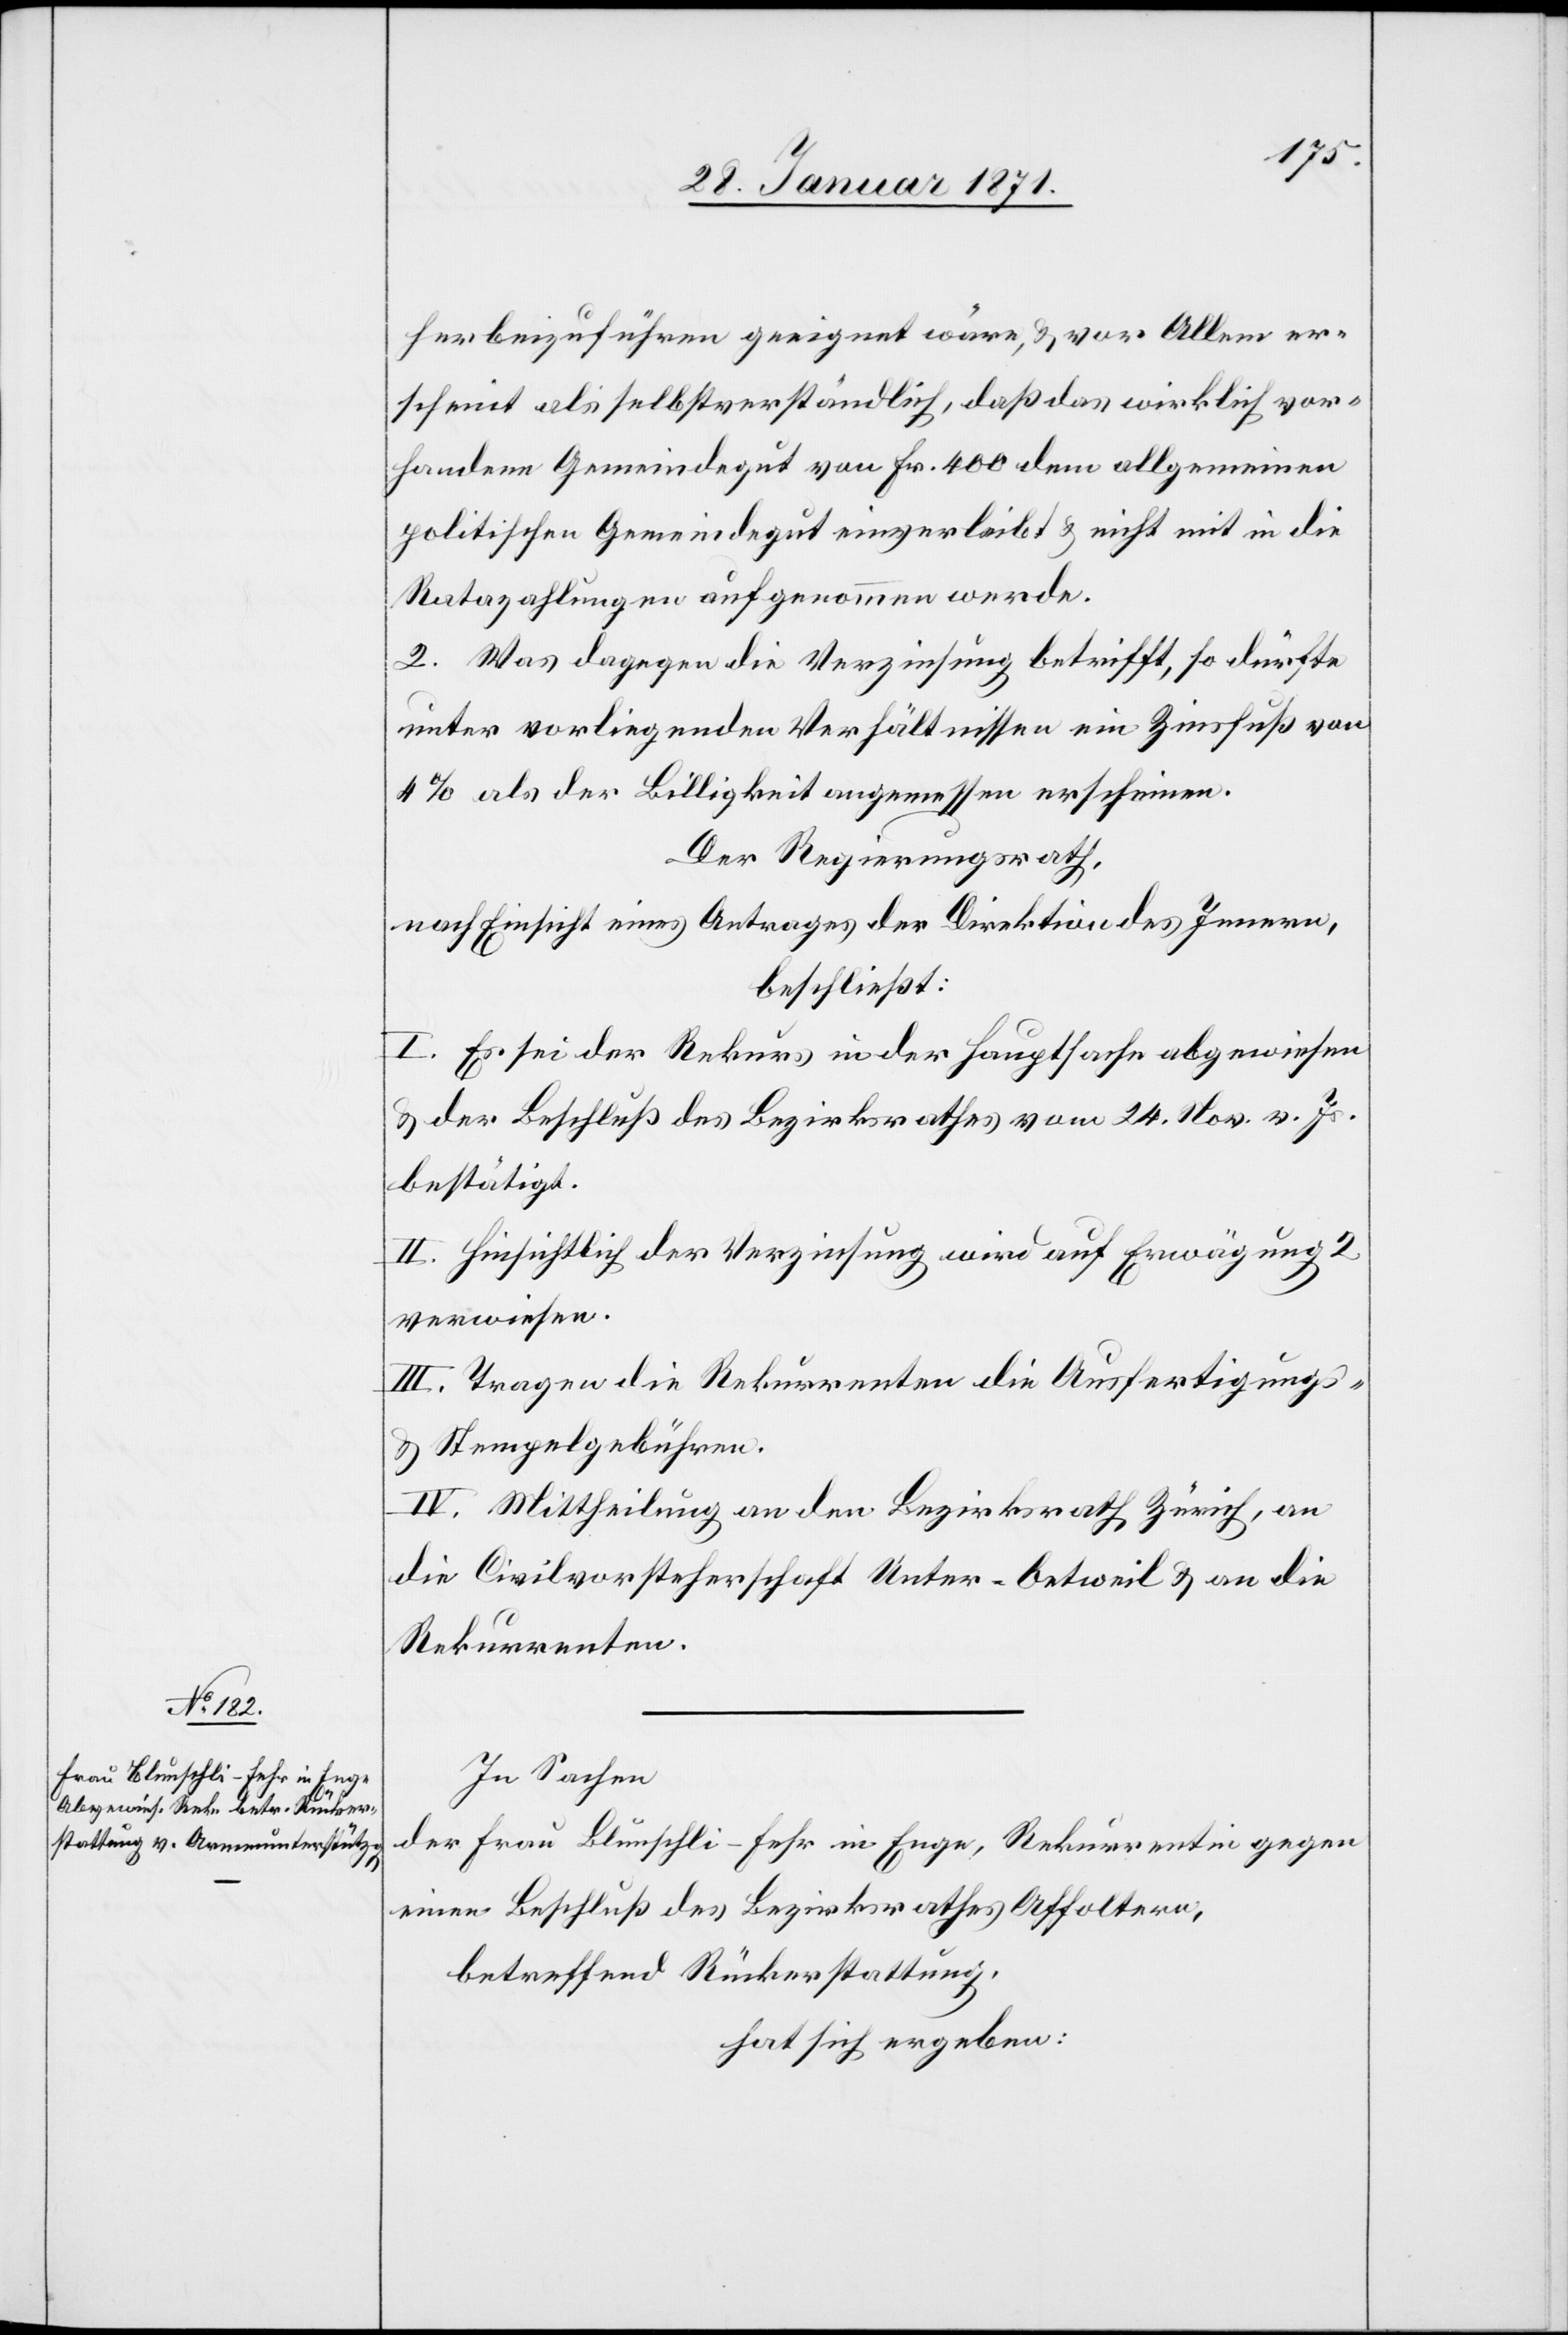
herbeizuführen geeignet wäre, u. vor Allem er¬
scheint als selbstverständlich, daß das wirklich vor¬
handene Gemeindegut von Fr. 400 den allgemeinen
politischen Gemeindegut einverleibt u. nicht mit in die
Ratazahlungen aufgenommen werde.
2. Was dagegen die Verzinsung betrifft, so dürfte
unter vorliegenden Verhältnissen ein Zinsfuß von
4 % als der Billigkeit angemessen erscheinen.
Der Regierungsrath,
nach Einsicht eines Antrages der Direktion des Innern,
beschließt:
I. Es sei der Rekurs in der Hauptsache abgewiesen
u. der Beschluß des Bezirksrathes vom 24. Nov. v. Js.
bestätigt.
II. Hinsichtlich der Verzinsung wird auf Erwägung 2
verwiesen.
III. Tragen die Rekurrenten die Ausfertigungs-
u. Stempelgebühren.
IV. Mittheilung an den Bezirksrath Zürich, an
die Civilvorsteherschaft Unter-Oetweil u. an die
Rekurrenten.
In Sachen
der Frau Blunschli-Fehr in Enge, Rekurrentin gegen
einen Beschluß des Bezirksrathes Affoltern,
betreffend Rückerstattung,
hat sich ergeben: